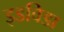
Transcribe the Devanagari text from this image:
इडविडा